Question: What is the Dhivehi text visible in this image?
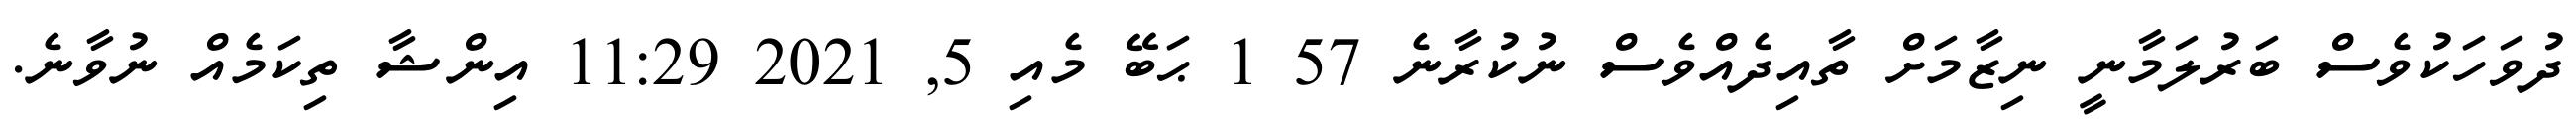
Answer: ދުވަހަކުވެސް ބަރުލަމާނީ ނިޒާމަށް ތާއިދެއްވެސް ނުކުރާނެ 57 1 ޙަބޭ މެއި 5, 2021 11:29 އިންޝާ ތިކަމެއް ނުވާނެ.